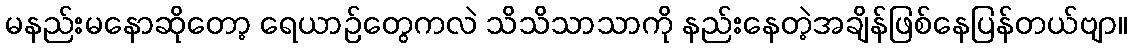
မနည်းမနောဆိုတော့ ရေယာဉ်တွေကလဲ သိသိသာသာကို နည်းနေတဲ့အချိန်ဖြစ်နေပြန်တယ်ဗျာ။